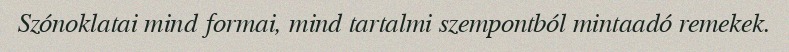
Szónoklatai mind formai, mind tartalmi szempontból mintaadó remekek.